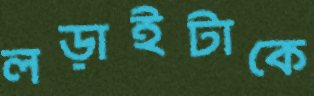
লড়াইটাকে